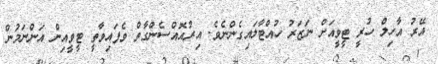
އޭރު އާހިލް ހުރީ ޓީވީއަށް ނަޒަރު ހުއްޓާލައިގެންނެވެ. އިރުއޮއްސެންގާތް ވެފައިވާތީ ޓީވީއިން އަންނަމުން